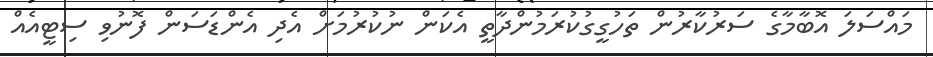
މައްސަލަ އޮބާމާގެ ސަރުކާރުން ތަހުގީގުކުރަމުންދާތީ އެކަން ނުކުރުމަށް އެދި އެންޑަސަން ފޮނުވި ސިޓީއެއް